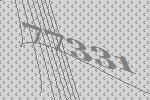
77331